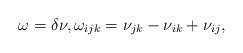
LaTeX: \begin{align*} \omega=\delta \nu,\omega_{ijk}=\nu_{jk}-\nu_{ik}+\nu_{ij}, \end{align*}